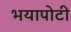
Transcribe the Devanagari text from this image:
भयापोटी